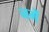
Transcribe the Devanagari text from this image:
नमें